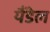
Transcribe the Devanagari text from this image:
यैंडेल